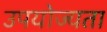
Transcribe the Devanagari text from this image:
उपयोज्यता